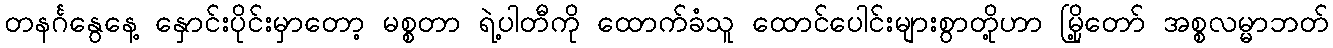
တနင်္ဂနွေနေ့ နှောင်းပိုင်းမှာတော့ မစ္စတာ ရဲ့ပါတီကို ထောက်ခံသူ ထောင်ပေါင်းများစွာတို့ဟာ မြို့တော် အစ္စလမ္မာဘတ်